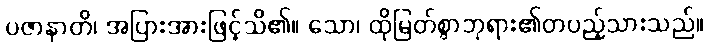
ပဇာနာတိ၊ အပြားအားဖြင့်သိ၏။ သော၊ ထိုမြတ်စွာဘုရား၏တပည့်သားသည်။